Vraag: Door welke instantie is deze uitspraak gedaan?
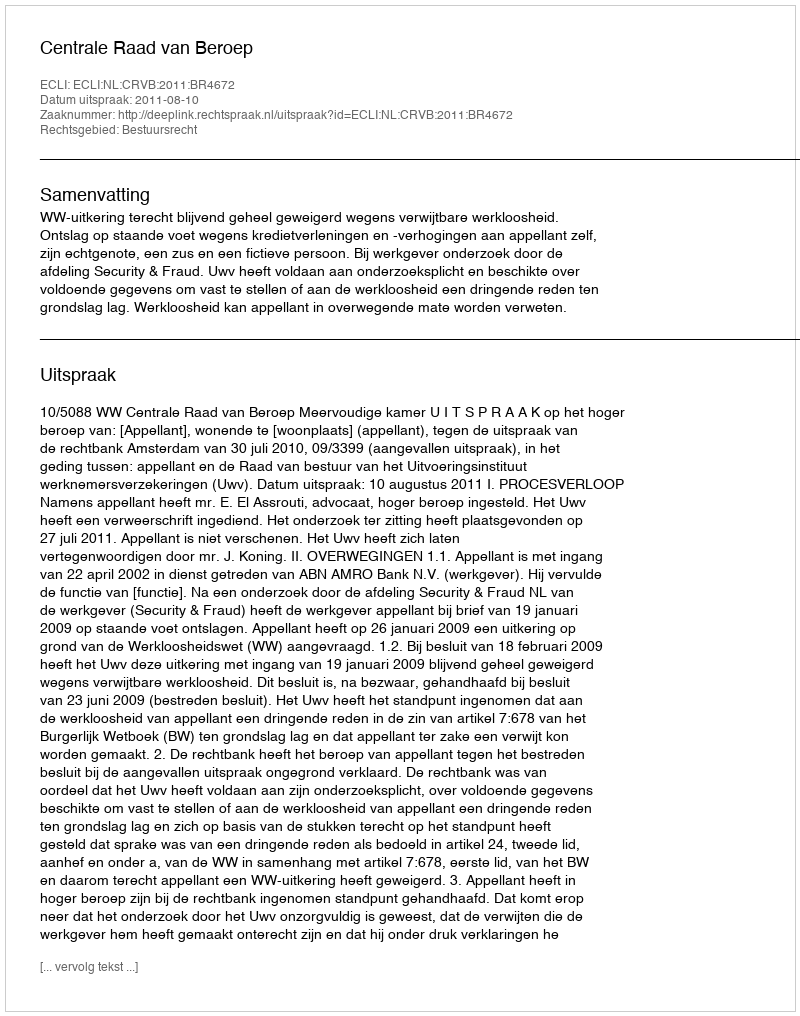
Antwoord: Centrale Raad van Beroep